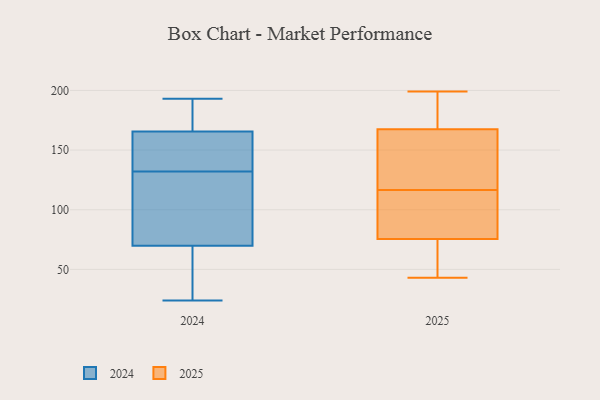
{"axis": {"x": "Humidity (%)", "y": "Value"}, "legend": ["2024", "2025"], "data": [{"x": "", "y": 164, "type": "2024"}, {"x": "", "y": 151, "type": "2024"}, {"x": "", "y": 103, "type": "2024"}, {"x": "", "y": 24, "type": "2024"}, {"x": "", "y": 126, "type": "2024"}, {"x": "", "y": 75, "type": "2024"}, {"x": "", "y": 166, "type": "2024"}, {"x": "", "y": 132, "type": "2024"}, {"x": "", "y": 193, "type": "2024"}, {"x": "", "y": 68, "type": "2024"}, {"x": "", "y": 47, "type": "2024"}, {"x": "", "y": 159, "type": "2024"}, {"x": "", "y": 178, "type": "2024"}, {"x": "", "y": 190, "type": "2024"}, {"x": "", "y": 60, "type": "2024"}, {"x": "", "y": 97, "type": "2025"}, {"x": "", "y": 59, "type": "2025"}, {"x": "", "y": 84, "type": "2025"}, {"x": "", "y": 167, "type": "2025"}, {"x": "", "y": 97, "type": "2025"}, {"x": "", "y": 199, "type": "2025"}, {"x": "", "y": 67, "type": "2025"}, {"x": "", "y": 43, "type": "2025"}, {"x": "", "y": 48, "type": "2025"}, {"x": "", "y": 144, "type": "2025"}, {"x": "", "y": 136, "type": "2025"}, {"x": "", "y": 168, "type": "2025"}, {"x": "", "y": 88, "type": "2025"}, {"x": "", "y": 173, "type": "2025"}, {"x": "", "y": 151, "type": "2025"}, {"x": "", "y": 183, "type": "2025"}]}